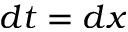
d t = d x